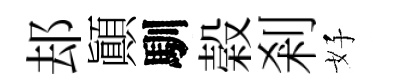
𨚫顚馴榖剎好